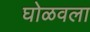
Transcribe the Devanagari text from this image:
घोळवला